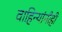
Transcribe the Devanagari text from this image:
वाहिन्यांनीही